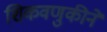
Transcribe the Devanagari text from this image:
शिकवणुकीने